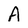
Character: A